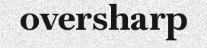
oversharp